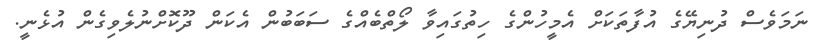
ނަމަވެސް ދުނިޔޭގެ އުފާތަކަށް އެމީހުންގެ ހިތުގައިވާ ލޯތްބެއްގެ ސަބަބުން އެކަން ދޫކޮށްނުލެވިގެން އުޅެނީ.